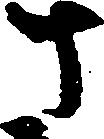
さ